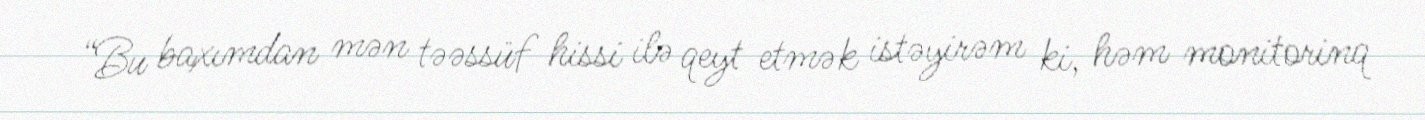
“Bu baxımdan mən təəssüf hissi ilə qeyt etmək istəyirəm ki, həm monitorinq